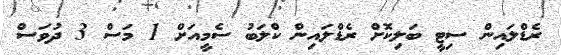
ރެޑްލައިން ސިޓީ ބަލިކޮށް ރެޑްލައިން ކްލަބު ސެމީއަށް 1 މަސް 3 ދުވަސް